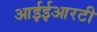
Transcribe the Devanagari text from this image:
आईईआरटी